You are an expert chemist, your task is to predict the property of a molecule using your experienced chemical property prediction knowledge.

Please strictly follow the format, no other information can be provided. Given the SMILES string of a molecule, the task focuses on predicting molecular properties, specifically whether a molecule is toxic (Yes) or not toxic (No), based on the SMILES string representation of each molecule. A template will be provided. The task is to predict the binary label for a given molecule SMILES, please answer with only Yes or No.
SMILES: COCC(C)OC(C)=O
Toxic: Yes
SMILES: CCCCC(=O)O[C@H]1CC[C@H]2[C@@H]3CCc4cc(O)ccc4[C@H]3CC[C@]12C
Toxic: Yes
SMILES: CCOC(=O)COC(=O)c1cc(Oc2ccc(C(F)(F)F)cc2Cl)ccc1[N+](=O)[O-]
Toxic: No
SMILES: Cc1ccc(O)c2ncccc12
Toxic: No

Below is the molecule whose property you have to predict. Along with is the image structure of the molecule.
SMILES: COC(=O)C(Br)CBr
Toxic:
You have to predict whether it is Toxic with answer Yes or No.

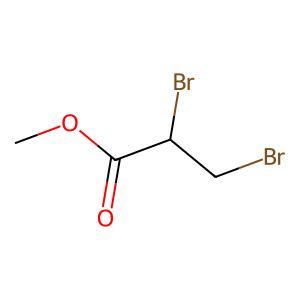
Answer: No